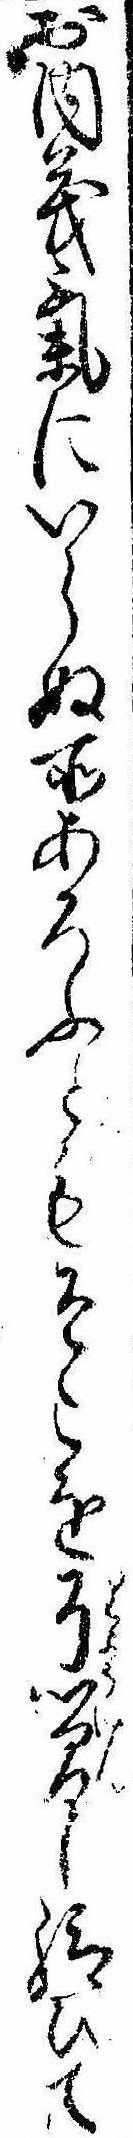
お内義気にいらぬ所あろふともそこを了簡し給ひて